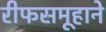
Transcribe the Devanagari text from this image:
रीफसमूहाने